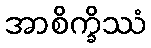
အာစိက္ခိဿံ